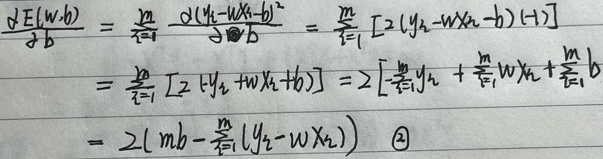
\[
\begin{align*}
\frac{\partial E(w,b)}{\partial b}&=\sum_{i = 1}^{m}\frac{\partial(y_{i}-wx_{i}-b)^{2}}{\partial b}=\sum_{i = 1}^{m}[2(y_{i}-wx_{i}-b)(-1)]\\
&=\sum_{i = 1}^{m}[2(-y_{i}+wx_{i}+b)]=2\left[-\sum_{i = 1}^{m}y_{i}+\sum_{i = 1}^{m}wx_{i}+\sum_{i = 1}^{m}b\right]\\
&=2\left(mb-\sum_{i = 1}^{m}(y_{i}-wx_{i})\right)\quad\textcircled{2}
\end{align*}
\]